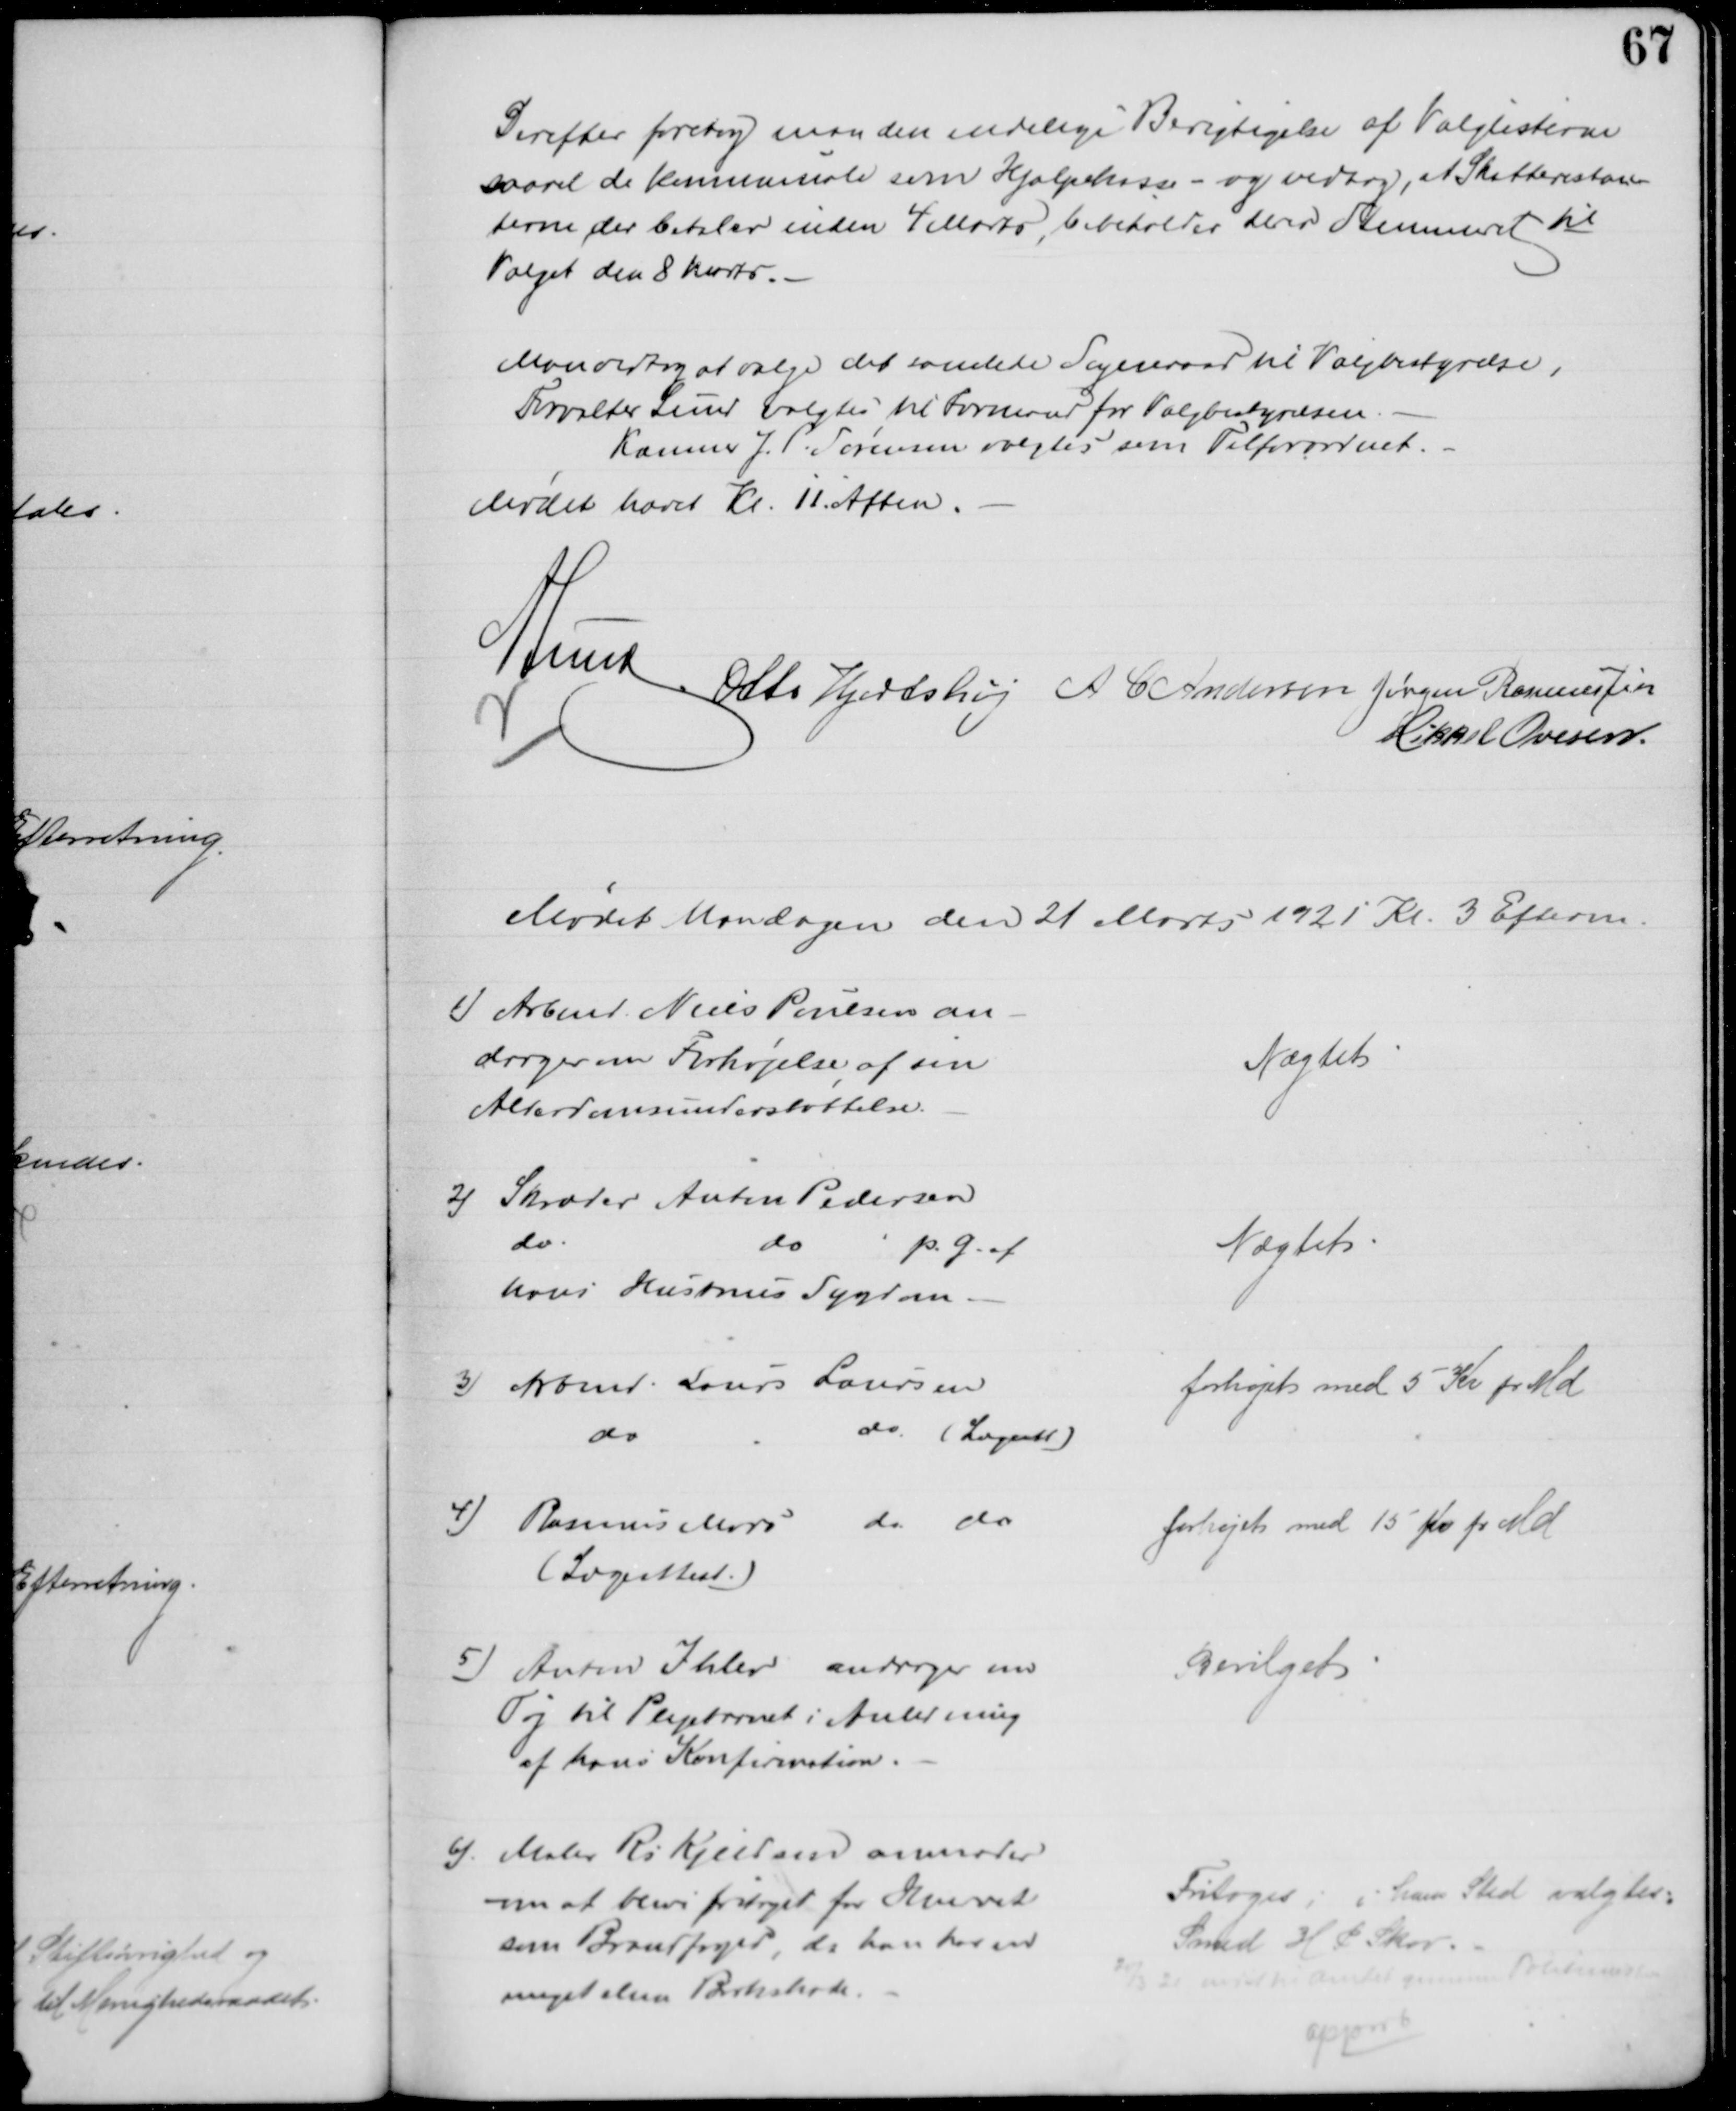
Transskription:
Derefter foretog man den endelige Berigtigelse af Valglisterne
saavel de kommunale som Hjælpekasse - og vedtog, at Skatterestan
terne der betaler inden 4 Marts, bibeholder deres Stemmeret til 
Valget den 8 Marts.
Man vedtog at vælge det samlede Sogneraad til Valgbestyrelse,
Forvalter Lund valgtes til Formand for Valgbestyrelsen.
Kæmner J. P. Sørensen valgtes som Tilforordnet.
Mødet hævet Kl. 11. Aften.
A Lund Otto Hjortshøj A C Andersen Jørgen Rasmussen
Mikkel Ovesen
Mødet Mandagen den 21 Marts 1921 Kl. 3 Efterm.
1) Arbmd. Niels Poulsen an
drager om Forhøjelse af sin
Alderdomsunderstøttelse.
Nægtet
2) Skræder Anton Pedersen
do
do
p. G. af
hans Hustrus Sygdom.
Nægtet
3) Arbmd. Laurs Laursen
do
do. (Lægeatt)
forhøjet med 5 Kr pr Md
4) Rasmus Mors 
do
do
(Lægeattest.)
forhøjet med 15 Kr pr Md
5) Anton Ihler andrager om
Tøj til Plejebarnet i Anledning
af hans Konfirmation.
Bevilget
6) Maler Rs Kjeldsen anmoder
om at blive fritaget for Hveret
som Brandfoged, da han har en
meget slem Brokskade.
Fritoges, i hans Sted valgtes:
Smed H P Skov.
20/3 21 medd. til Amtet gennem Politimester
approb